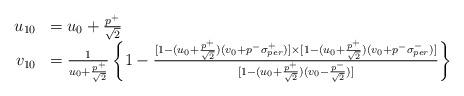
LaTeX: \begin{align*}\begin{array}{rl}u_{10} & = u_0 + \frac{p^+}{\sqrt{2}} \\v_{10} & = \frac{1}{u_0+\frac{p^+}{\sqrt{2}}} \left\{ 1-\frac{[1- (u_0+\frac{p^{+}}{\sqrt{2}})(v_0+p^{-}\sigma _{per}^{+})]\times [1-(u_0+\frac{p^{+}}{\sqrt{2}})(v_0+p^{-}\sigma _{per}^{-})]} {[1-(u_0+\frac{p^{+}}{\sqrt{2}})(v_0-\frac{p^{-}}{\sqrt{2}})]}\right\}\end{array}\end{align*}